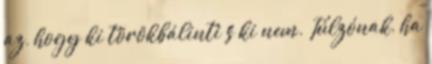
az, hogy ki törökbálinti s ki nem. Túlzónak, ha